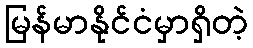
မြန်မာနိုင်ငံမှာရှိတဲ့